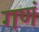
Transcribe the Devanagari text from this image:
गणं